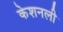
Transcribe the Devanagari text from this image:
केशनली